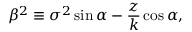
\beta ^ { 2 } \equiv \sigma ^ { 2 } \sin \alpha - \frac { z } { k } \cos \alpha ,